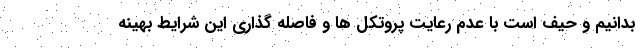
بدانیم و حیف است با عدم رعایت پروتکل ها و فاصله گذاری این شرایط بهینه